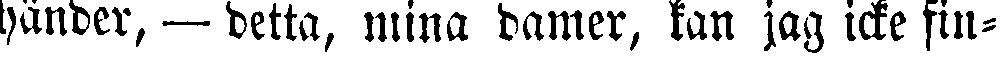
händer, — detta, mina damer, kan jag icke fin-